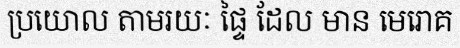
ប្រយោល តាមរយៈ ផ្ទៃ ដែល មាន មេរោគ